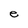
Character: e